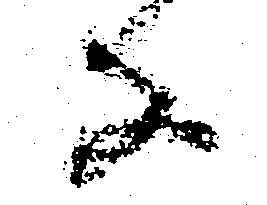
な